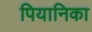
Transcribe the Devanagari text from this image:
पियानिका